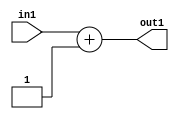
`timescale 1ps / 1ps
/*****************************************************************************
    Verilog RTL Description
    
    
    Created by: Stratus DpOpt 21.05.01 
*******************************************************************************/

module SobelFilter_Add_5U_121_4 (
	in1,
	out1
	); /* architecture "behavioural" */ 
input [4:0] in1;
output [4:0] out1;
wire [4:0] asc001;

assign asc001 = 
	+(in1)
	+(5'B00001);

assign out1 = asc001;
endmodule

/* CADENCE  urjxSw0= : u9/ySxbfrwZIxEzHVQQV8Q== ** DO NOT EDIT THIS LINE ******/